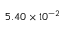
5 . 4 0 \times 1 0 ^ { - 2 }